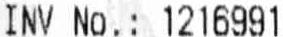
INV NO. : 1216991